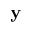
\mathbf { y }